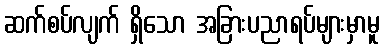
ဆက်စပ်လျက် ရှိသော အခြားပညာရပ်များမှာမူ